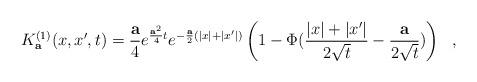
LaTeX: \begin{align*}K^{(1)}_{\bf a}(x,x',t)={{\bf a}\over 4}e^{{{\bf a}^2\over 4}t}e^{-{{\bf a}\over 2}(|x|+|x'|)}\left( 1-\Phi({|x|+|x'|\over 2\sqrt{t}}-{{\bf a}\over 2\sqrt{t}})\right)~~,\end{align*}